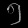
Digit: ၅